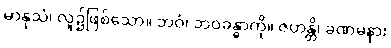
မာနုသံ၊ လူ၌ဖြစ်သော။ ဘဝံ၊ ဘဝခန္ဓာကို။ ဇဟန္တိ၊ ခဏမနား